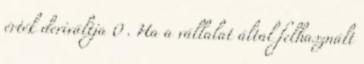
érték deriváltja 0 . Ha a vállalat által felhasznált